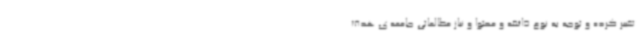
تغییر کرده و توجه به نوع ذائقه و محتوا و نیاز مطالعاتی جامعه ی هدف